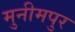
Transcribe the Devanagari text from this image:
मुनीमपुर